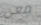
معي